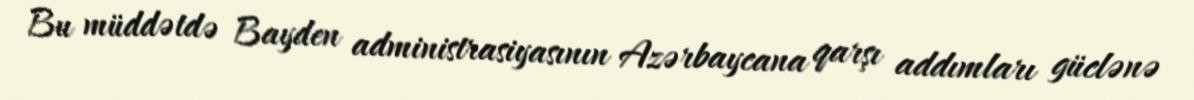
Bu müddətdə Bayden administrasiyasının Azərbaycana qarşı addımları güclənə